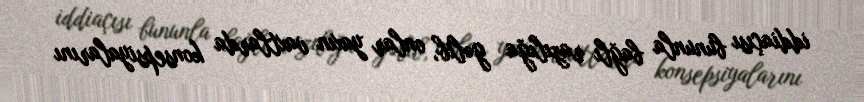
iddiaçısı bununla bağlı razılığa gəlib, onlar yaxın vaxtlarda konsepsiyalarını